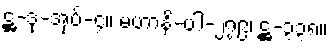
ဋ္ဌ-ဒု-အုပ်-၄။ မဟာနိ-ပါ-၂၇၉၊ ဋ္ဌ-၃၃၈။